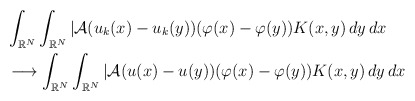
\begin{align*}&\int_{\mathbb{R}^{N}}\int_{\mathbb{R}^{N}} |\mathcal{A}(u_k(x)-u_{k}(y))(\varphi(x)-\varphi(y))K(x,y)\,dy\,dx \\ & \longrightarrow \int_{\mathbb{R}^{N}}\int_{\mathbb{R}^{N}} |\mathcal{A}(u(x)-u(y))(\varphi(x)-\varphi(y))K(x,y)\,dy\,dx \end{align*}